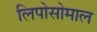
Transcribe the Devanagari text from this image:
लिपोसोमाल